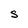
Character: S